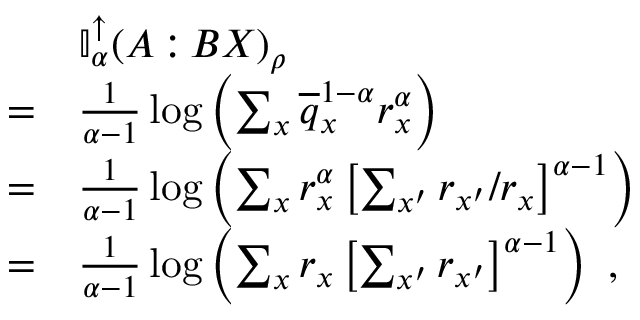
\begin{array} { r l } & { \mathbb { I } _ { \alpha } ^ { \uparrow } ( A { \, : \, } B X ) _ { \rho } } \\ { = } & { \frac { 1 } { \alpha - 1 } \log \left( \sum _ { x } \overline { { q } } _ { x } ^ { 1 - \alpha } r _ { x } ^ { \alpha } \right) } \\ { = } & { \frac { 1 } { \alpha - 1 } \log \left( \sum _ { x } r _ { x } ^ { \alpha } \left[ \sum _ { x ^ { \prime } } r _ { x ^ { \prime } } / r _ { x } \right] ^ { \alpha - 1 } \right) } \\ { = } & { \frac { 1 } { \alpha - 1 } \log \left( \sum _ { x } r _ { x } \left[ \sum _ { x ^ { \prime } } r _ { x ^ { \prime } } \right] ^ { \alpha - 1 } \right) \ , } \end{array}